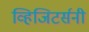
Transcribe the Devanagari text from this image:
व्हिजिटर्सनी